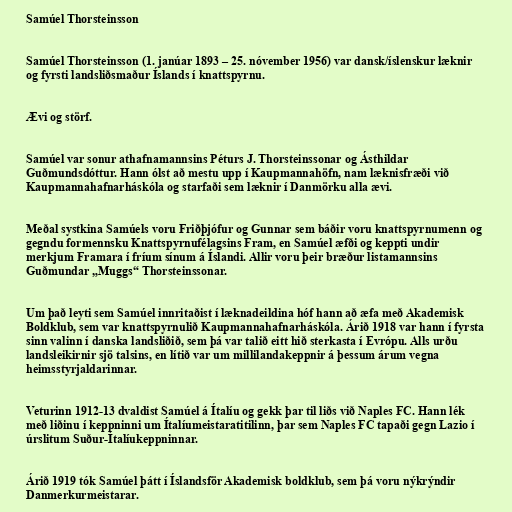
Samúel Thorsteinsson

Samúel Thorsteinsson (1. janúar 1893 – 25. nóvember 1956) var dansk/íslenskur læknir
og fyrsti landsliðsmaður Íslands í knattspyrnu.

Ævi og störf.

Samúel var sonur athafnamannsins Péturs J. Thorsteinssonar og Ásthildar
Guðmundsdóttur. Hann ólst að mestu upp í Kaupmannahöfn, nam læknisfræði við
Kaupmannahafnarháskóla og starfaði sem læknir í Danmörku alla ævi.

Meðal systkina Samúels voru Friðþjófur og Gunnar sem báðir voru knattspyrnumenn og
gegndu formennsku Knattspyrnufélagsins Fram, en Samúel æfði og keppti undir
merkjum Framara í fríum sínum á Íslandi. Allir voru þeir bræður listamannsins
Guðmundar „Muggs“ Thorsteinssonar.

Um það leyti sem Samúel innritaðist í læknadeildina hóf hann að æfa með Akademisk
Boldklub, sem var knattspyrnulið Kaupmannahafnarháskóla. Árið 1918 var hann í fyrsta
sinn valinn í danska landsliðið, sem þá var talið eitt hið sterkasta í Evrópu. Alls urðu
landsleikirnir sjö talsins, en lítið var um millilandakeppnir á þessum árum vegna
heimsstyrjaldarinnar.

Veturinn 1912-13 dvaldist Samúel á Ítalíu og gekk þar til liðs við Naples FC. Hann lék
með liðinu í keppninni um Ítalíumeistaratitilinn, þar sem Naples FC tapaði gegn Lazio í
úrslitum Suður-Ítalíukeppninnar.

Árið 1919 tók Samúel þátt í Íslandsför Akademisk boldklub, sem þá voru nýkrýndir
Danmerkurmeistarar.